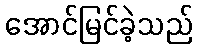
အောင်မြင်ခဲ့သည်